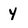
Character: Y